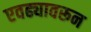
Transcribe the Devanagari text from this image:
एवढ्यावरून